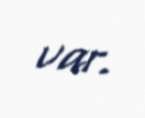
var.